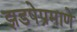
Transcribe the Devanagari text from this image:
झडपेप्रमाणे